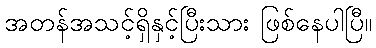
အတန်အသင့်ရှိနှင့်ပြီးသား ဖြစ်နေပါပြီ။